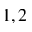
1 , 2